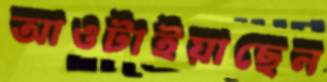
আওটাইয়াছেন